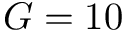
G = 1 0